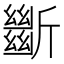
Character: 𣃔